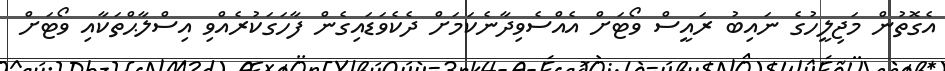
އެގޮތުން މަޖިލީހުގެ ނައިބު ރައީސް ވޯޓަށް އެއްސެވިދާނެކަމަށް ދެކެވަޑައިގެން ފާހަގަކުރެއްވި އިސްލާޙްތަކާއި ވޯޓަށް